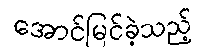
အောင်မြင်ခဲ့သည့်